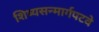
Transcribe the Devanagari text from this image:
शिष्यसन्मार्गपटवे